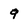
Character: 9